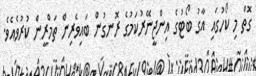
ގޮތް މި ކޯހުގައި އާގު ބޯޓުގެ އިންޖީނޭރުކަމުގެ ރޮނގުން ބައިވެރިން ތަމްރީން ކުރުވެއެވެ.